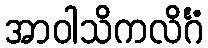
အာဝါသိကလိင်္ဂံ